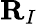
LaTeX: \mathbf{R}_{I}